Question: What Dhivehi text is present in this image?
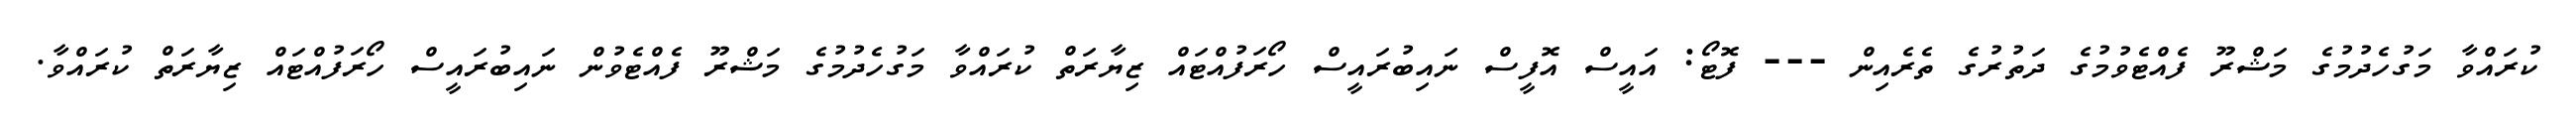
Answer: ކުރައްވާ މަގުހެދުމުގެ މަޝްރޫ ފެއްޓެވުމުގެ ދަތުރުގެ ތެރެއިން --- ފޮޓޯ: އައީސް އޮފީސް ނައިބުރައީސް ހޯރަފުއްޓައް ޒިޔާރަތް ކުރައްވާ މަގުހެދުމުގެ މަޝްރޫ ފެއްޓެވުން ނައިބުރައީސް ހޯރަފުއްޓައް ޒިޔާރަތް ކުރައްވާ.